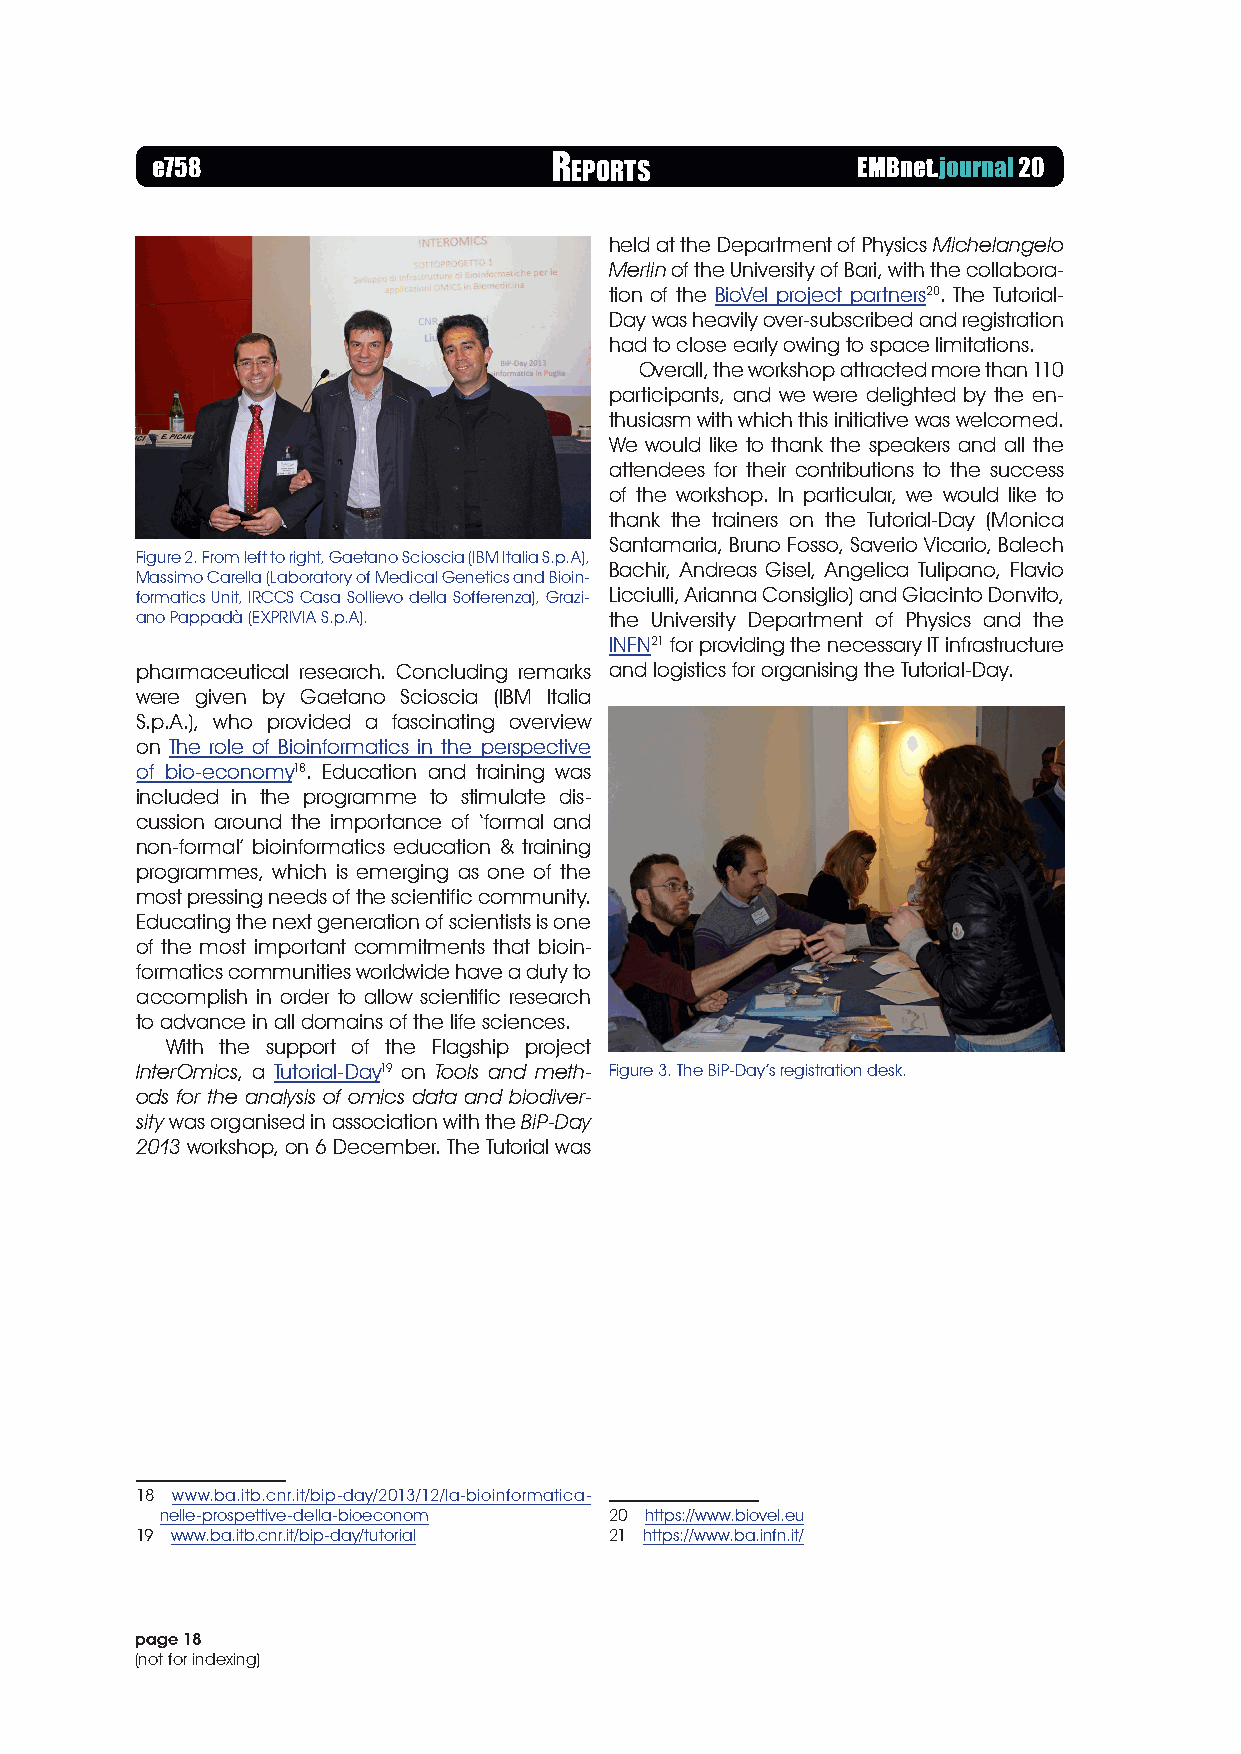
e758                      r Eports             EMBnet.journal 20
 held at the Department of Physics Michelangelo
 Merlin of the University of Bari, with the collabora-
 tion of the BioVel project partners20. The Tutorial-
 Day was heavily over-subscribed and registration
 had to close early owing to space limitations.
 Overall, the workshop attracted more than 110
 participants, and we were delighted by the en-
 thusiasm with which this initiative was welcomed.
 We would like to thank the speakers and all the
 attendees for their contributions to the success
 of the workshop. In particular, we would like to
 thank the trainers on the Tutorial-Day (Monica
 Santamaria, Bruno Fosso, Saverio Vicario, Balech
 Figure 2. From left to right, Gaetano Scioscia (IBM Italia S.p.A),
 Bachir, Andreas Gisel, Angelica Tulipano, Flavio
 Massimo Carella (Laboratory of Medical Genetics and Bioin-
 formatics Unit, IRCCS Casa Sollievo della Sofferenza), Grazi- Licciulli, Arianna Consiglio) and Giacinto Donvito,
 ano Pappadà (EXPRIVIA S.p.A).  the University Department of Physics and the
 INFN21 for providing the necessary IT infrastructure
 pharmaceutical research. Concluding remarks and logistics for organising the Tutorial-Day.
 were given by Gaetano Scioscia (IBM Italia
 S.p.A.), who provided a fascinating overview
 on The role of Bioinformatics in the perspective
 of bio-economy18. Education and training was
 included in the programme to stimulate dis-
 cussion around the importance of ‘formal and
 non-formal’ bioinformatics education & training
 programmes, which is emerging as one of the
 most pressing needs of the scientific community.
 Educating the next generation of scientists is one
 of the most important commitments that bioin-
 formatics communities worldwide have a duty to
 accomplish in order to allow scientific research
 to advance in all domains of the life sciences.
 With the support of the Flagship project
 InterOmics, a Tutorial-Day19 on Tools and meth- Figure 3. The BiP-Day’s registration desk.
 ods for the analysis of omics data and biodiver-
 sity was organised in association with the BiP-Day
 2013 workshop, on 6 December. The Tutorial was
 18 www.ba.itb.cnr.it/bip-day/2013/12/la-bioinformatica-
 nelle-prospettive-della-bioeconom 20 https://www.biovel.eu
 19 www.ba.itb.cnr.it/bip-day/tutorial 21 https://www.ba.infn.it/
 page 18
 (not for indexing)